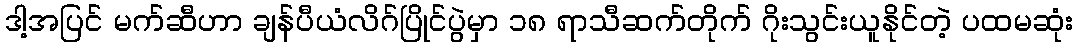
ဒါ့အပြင် မက်ဆီဟာ ချန်ပီယံလိဂ်ပြိုင်ပွဲမှာ ၁၈ ရာသီဆက်တိုက် ဂိုးသွင်းယူနိုင်တဲ့ ပထမဆုံး